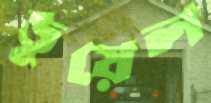
ডুয়েল